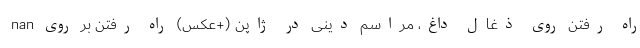
nan راه رفتن روی ذغال داغ، مراسم دینی در ژاپن (+عکس) راه رفتن بر روی